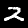
Label: 2